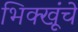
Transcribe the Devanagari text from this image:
भिक्खूंचे